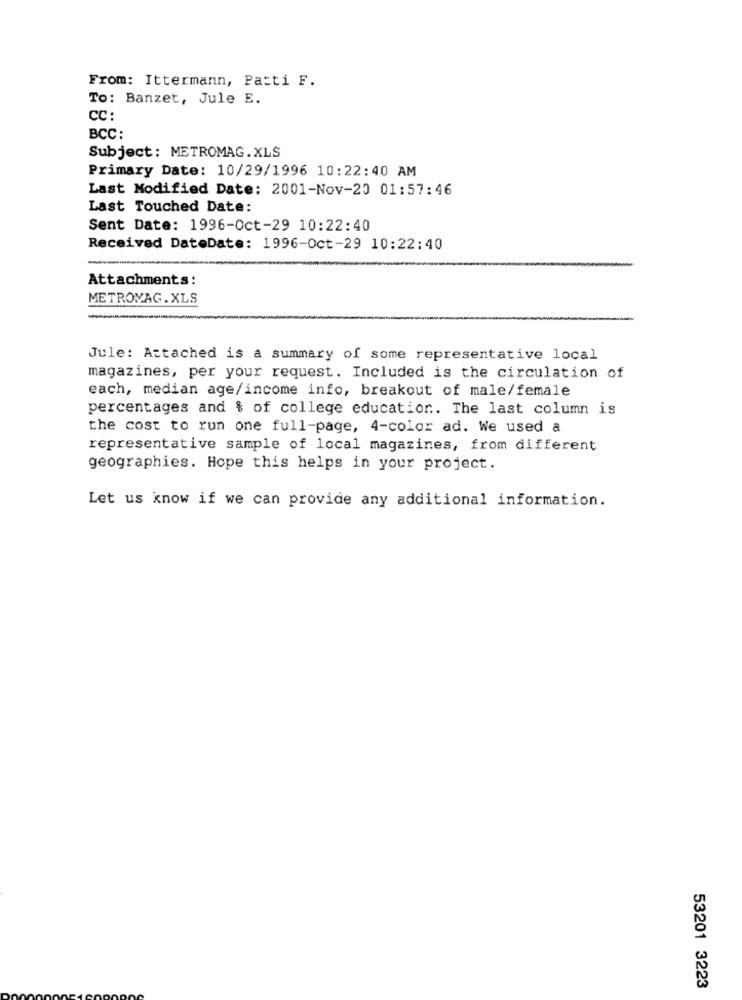
From: Ittermann, Patti F.
To: Banzet, Jule E.
CC:
BCC:
Subject: METROMAG.XLS
Primary Date: 10/29/1996 10:22:40 AM
Last Modified Date: 2001-Nov-20 01:57:46
Last Touched Date:
Sent Date: 1996-Oct-29 10:22:40
Received DateDate: 1996-Oct-29 10:22:40
Attachments:
METROVAG.XLS
Jule: Attached is a summary of some representative local
magazines, per your request. Included is the circulation of
each, median age/income info, breakout of male/female
percentages and & of college education. The last column is
the cost to run one full-page, 4-color ad. We used a
representative sample of local magazines, from different
geographies. Hope this helps in your project.
Let us know if we can provide any additional information.
53201 3223